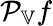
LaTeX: \mathcal{P}_{\mathbb{V}}f